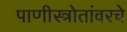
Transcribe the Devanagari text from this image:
पाणीस्त्रोतांवरचे